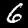
Label: 6